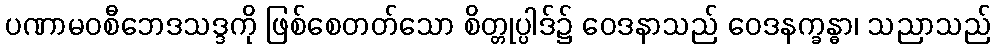
ပဏာမဝစီဘေဒသဒ္ဒကို ဖြစ်စေတတ်သော စိတ္တုပ္ပါဒ်၌ ဝေဒနာသည် ဝေဒနက္ခန္ဓာ၊ သညာသည်